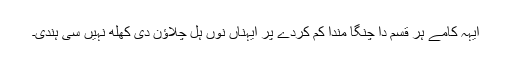
ایہہ کامے ہر قسم دا چنگا مندا کم کردے پر ایہناں نوں ہل چلاؤن دی کُھلھ نہیں سی ہُندی۔